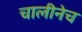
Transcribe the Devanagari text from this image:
चालीनेच